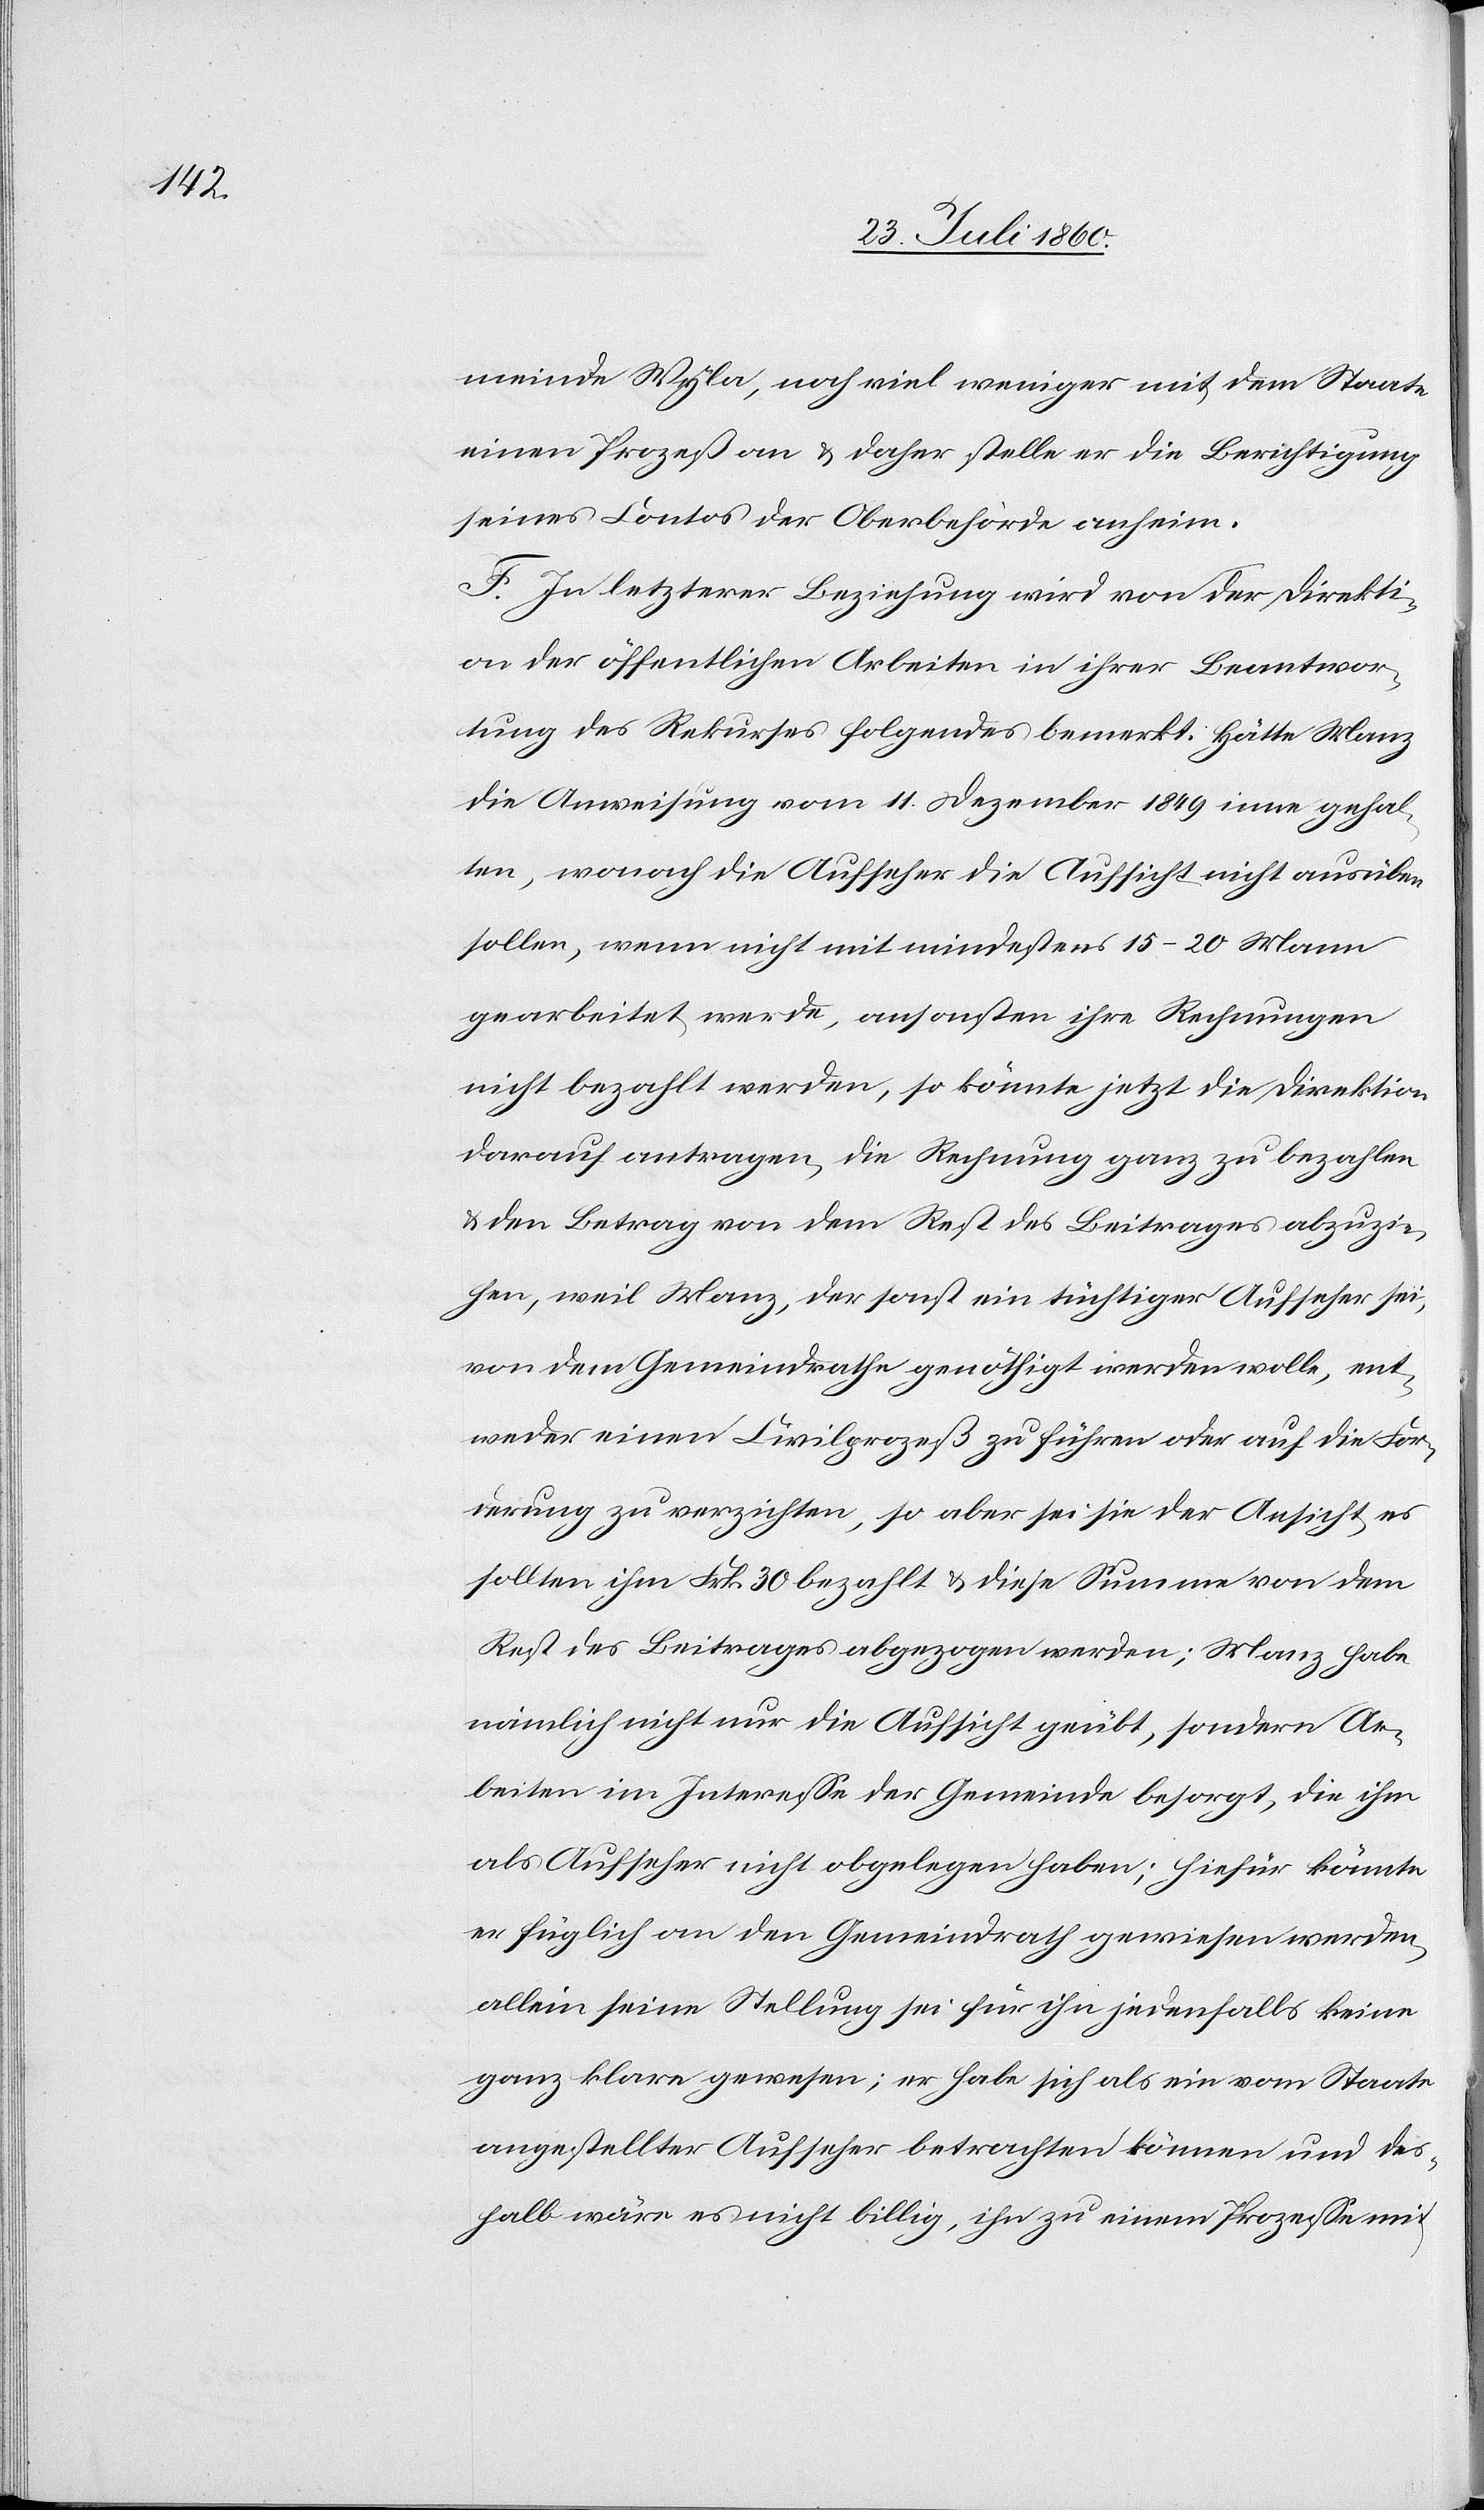
einen Prozess an und daher stelle er die Berichtigung
seines Contos der Oberbehörde anheim;
F. In letzterer Beziehung wird von der Direkti¬
on der öffentlichen Arbeiten in ihrer Beantwor¬
tung des Rekurses Folgendes bemerkt: Hätte Manz
die Anweisung vom 11. Chrismonat 1849 innegehal¬
ten, wonach die Aufseher die Aufsicht nicht ausüben
sollen, wenn nicht mit mindestens 15–20 Mann
gearbeitet werde, ansonsten ihre Rechnungen
nicht bezahlt werden; so könnte jetzt die Direktion
darauf antragen, die Rechnung ganz zu bezahlen
den Betrag von dem Rest des Beitrages abzuzie¬
hen, weil Manz der sonst ein tüchtiger Aufseher sei,
von dem Gemeindrathe genöthigt werden wolle, ent¬
weder einen Civilprozess zu führen oder auf die For¬
derung zu verzichten; so aber sei sie der Ansicht, es
sollten ihm fcs. 30 bezahlt und diese Summe vom dem
Rest des Beitrages abgezogen werden; Manz habe
nämlich nicht nur die Aufsicht geübt, sondern Ar¬
beiten im Interesse der Gemeinde besorgt, die ihm
als Aufseher nicht obgelegen haben; hiefür könnte
er füglich an den Gemeindrath gewiesen werden,
allein seine Stellung sei für ihn jedenfalls keine
ganz klare gewesen; er habe sich als ein vom Staate
angestellter Aufseher betrachten können und des¬
halb wäre es nicht billig, ihn zu einem Prozesse mit